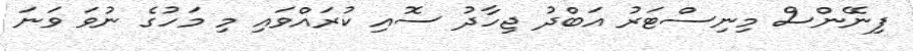
ފިނޭންސް މިނިސްޓަރު އަބްދު ޖިހާދު ސޮއި ކުރައްވައި މި މަހުގެ ނުވަ ވަނަ